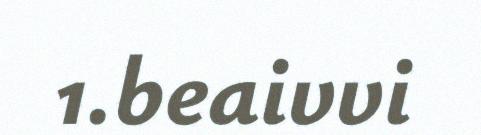
1.beaivvi